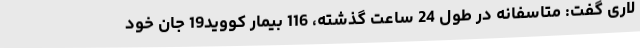
لاری گفت: متاسفانه در طول 24 ساعت گذشته، 116 بیمار کووید19 جان خود